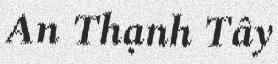
An Thạnh Tây